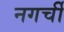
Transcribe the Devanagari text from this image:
नगर्ची